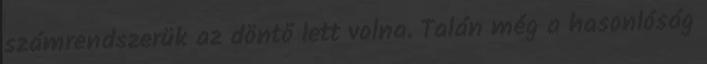
számrendszerük az döntő lett volna. Talán még a hasonlóság